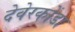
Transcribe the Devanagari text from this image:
देवेरकोंडा